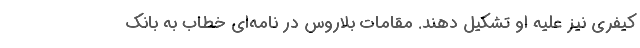
کیفری نیز علیه او تشکیل دهند. مقامات بلاروس در نامه‌ای خطاب به بانک